Tezpur Lunatic Asylum reports 1877-1894 - 1877-1894
Year: 1877
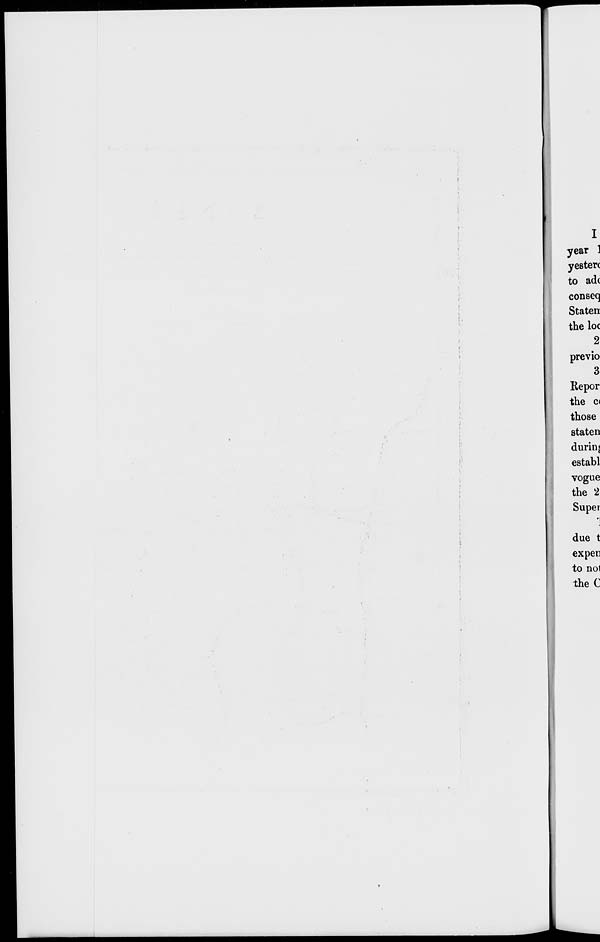
I
year 1
yester<
to adc
conseq
Staten
the loc
2
previo
3
Repor
the ci
those
staten
durinj
establ
vogue
the 2
Supe?
']
due t
expen
to not
the C